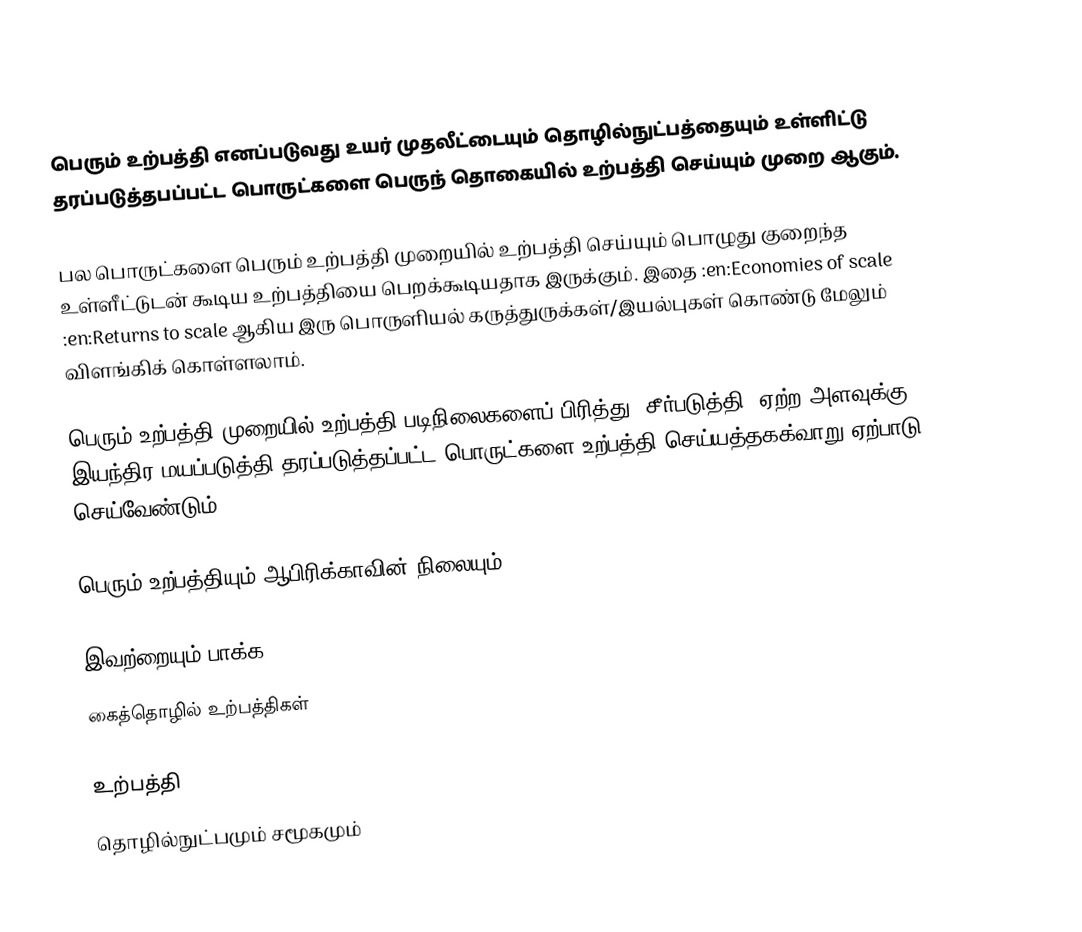
பெரும் உற்பத்தி எனப்படுவது உயர் முதலீட்டையும் தொழில்நுட்பத்தையும் உள்ளிட்டு தரப்படுத்தபப்பட்ட பொருட்களை பெருந் தொகையில் உற்பத்தி செய்யும் முறை ஆகும்.

பல பொருட்களை பெரும் உற்பத்தி முறையில் உற்பத்தி செய்யும் பொழுது குறைந்த உள்ளீட்டுடன் கூடிய உற்பத்தியை பெறக்கூடியதாக இருக்கும். இதை :en:Economies of scale :en:Returns to scale ஆகிய இரு பொருளியல் கருத்துருக்கள்/இயல்புகள் கொண்டு மேலும் விளங்கிக் கொள்ளலாம்.

பெரும் உற்பத்தி முறையில் உற்பத்தி படிநிலைகளைப் பிரித்து, சீர்படுத்தி, ஏற்ற அளவுக்கு இயந்திர மயப்படுத்தி தரப்படுத்தப்பட்ட பொருட்களை உற்பத்தி செய்யத்தகக்வாறு ஏற்பாடு செய்வேண்டும்.

பெரும் உற்பத்தியும் ஆபிரிக்காவின் நிலையும்

இவற்றையும் பாக்க
 கைத்தொழில் உற்பத்திகள்

உற்பத்தி
தொழில்நுட்பமும் சமூகமும்